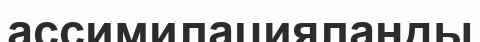
ассимилацияланды